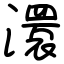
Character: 澴